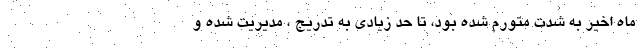
ماه اخیر به شدت متورم شده بود، تا حد زیادی به تدریج ، مدیریت شده و